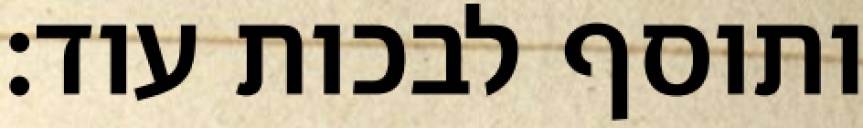
ותוסף לבכות עוד: